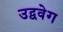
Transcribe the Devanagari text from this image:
उद्ववेग